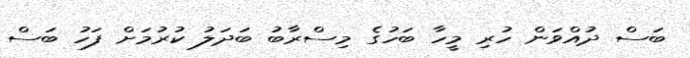
ބަސް ދުއްވަން ހުރި މީހާ ބަހުގެ މިސްރާބު ބަދަލު ކުރުމަށް ފަހު ބަސް